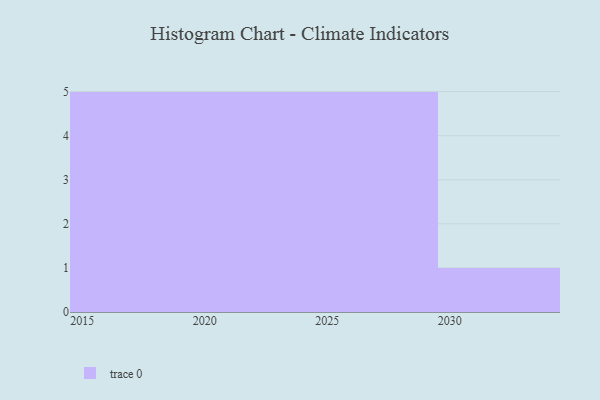
{"axis": {"x": "Year", "y": "Waste Production (Tons)"}, "legend": [""], "data": [{"x": "2015", "y": 21, "type": ""}, {"x": "2016", "y": 60, "type": ""}, {"x": "2019", "y": 21, "type": ""}, {"x": "2017", "y": 12, "type": ""}, {"x": "2018", "y": 11, "type": ""}, {"x": "2028", "y": 22, "type": ""}, {"x": "2029", "y": 11, "type": ""}, {"x": "2022", "y": 39, "type": ""}, {"x": "2027", "y": 15, "type": ""}, {"x": "2030", "y": 72, "type": ""}, {"x": "2023", "y": 53, "type": ""}, {"x": "2020", "y": 58, "type": ""}, {"x": "2025", "y": 44, "type": ""}, {"x": "2026", "y": 15, "type": ""}, {"x": "2021", "y": 62, "type": ""}, {"x": "2024", "y": 78, "type": ""}]}